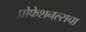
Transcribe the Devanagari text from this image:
प्रोफेशनल्सचा